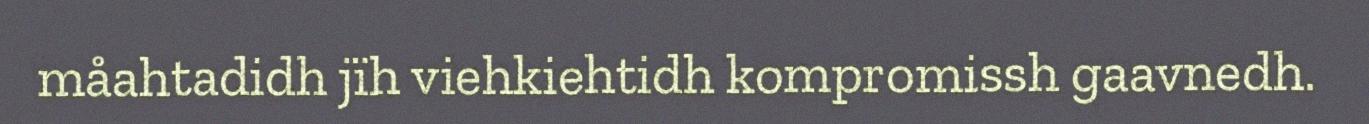
måahtadidh jïh viehkiehtidh kompromissh gaavnedh.